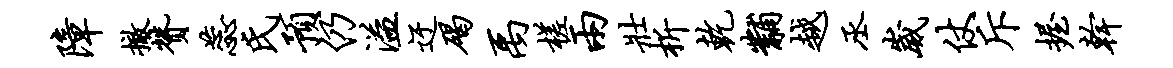
障撤赞蕊氏预仍溢迂碣禹槎两壮析乾黼越丞崴仗斥握干